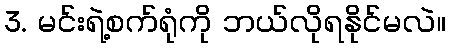
3. မင်းရဲ့စက်ရုံကို ဘယ်လိုရနိုင်မလဲ။